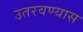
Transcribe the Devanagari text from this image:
उतरवण्यास